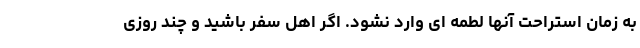
به زمان استراحت آنها لطمه ای وارد نشود. اگر اهل سفر باشید و چند روزی